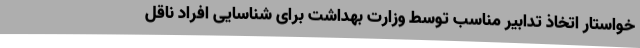
خواستار اتخاذ تدابیر مناسب توسط وزارت بهداشت برای شناسایی افراد ناقل